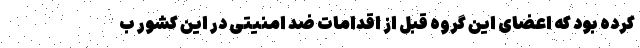
کرده بود که اعضای این گروه قبل از اقدامات ضد امنیتی در این کشور ب